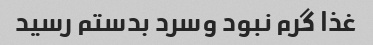
غذا گرم نبود وسرد بدستم رسید